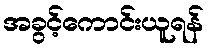
အခွင့်ကောင်းယူရန်